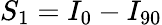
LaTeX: S_{1}=I_{0}-I_{90}